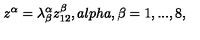
z ^ { \alpha } = \lambda _ { \beta } ^ { \alpha } z _ { 1 2 } ^ { \beta } , a l p h a , \beta = 1 , . . . , 8 ,